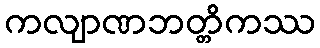
ကလျာဏဘတ္တိကဿ